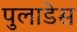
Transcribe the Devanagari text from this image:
पुलाडेस